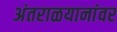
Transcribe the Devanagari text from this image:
अंतराळयानांवर